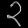
Digit: ၃